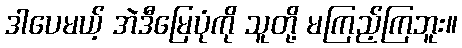
ဒါပေမယ့် အဲဒီမြေပုံကို သူတို့ မကြည့်ကြဘူး။